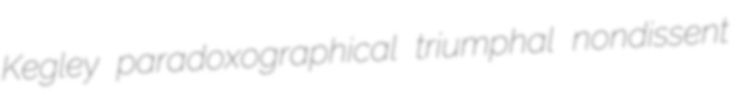
Kegley paradoxographical triumphal nondissent